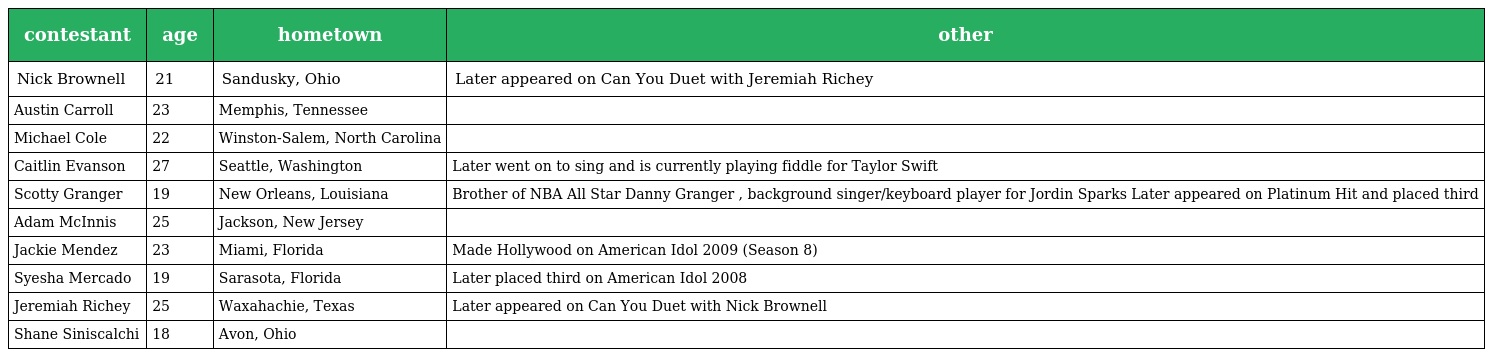
| contestant | age | hometown | other |
 | --- | --- | --- | --- |
 | Nick Brownell | 21 | Sandusky, Ohio | Later appeared on Can You Duet with Jeremiah Richey |
 | Austin Carroll | 23 | Memphis, Tennessee |  |
 | Michael Cole | 22 | Winston-Salem, North Carolina |  |
 | Caitlin Evanson | 27 | Seattle, Washington | Later went on to sing and is currently playing fiddle for Taylor Swift |
 | Scotty Granger | 19 | New Orleans, Louisiana | Brother of NBA All Star Danny Granger , background singer/keyboard player for Jordin Sparks Later appeared on Platinum Hit and placed third |
 | Adam McInnis | 25 | Jackson, New Jersey |  |
 | Jackie Mendez | 23 | Miami, Florida | Made Hollywood on American Idol 2009 (Season 8) |
 | Syesha Mercado | 19 | Sarasota, Florida | Later placed third on American Idol 2008 |
 | Jeremiah Richey | 25 | Waxahachie, Texas | Later appeared on Can You Duet with Nick Brownell |
 | Shane Siniscalchi | 18 | Avon, Ohio |  |